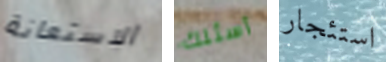
الاستعانة أسئلك استئجار